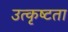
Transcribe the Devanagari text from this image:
उत्कृष्‍टता